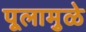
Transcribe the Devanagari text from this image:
पूलामुळे